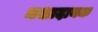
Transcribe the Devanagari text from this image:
नशादायक